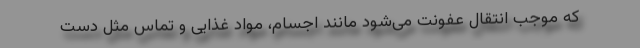
که موجب انتقال عفونت می‌شود مانند اجسام، مواد غذایی و تماس مثل دست